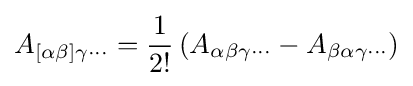
A_{[\alpha \beta ]\gamma \cdots }={\dfrac {1}{2!}}\left(A_{\alpha \beta \gamma \cdots }-A_{\beta \alpha \gamma \cdots }\right)